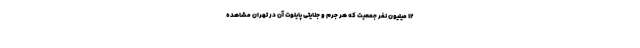
۱۲ میلیون نفر جمعیت که هر جرم و جنایتی پایلوت آن در تهران مشاهده